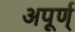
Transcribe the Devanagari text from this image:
अपूर्ण्